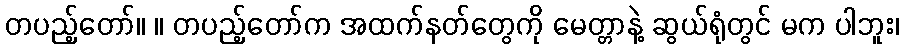
တပည့်တော်။ ။ တပည့်တော်က အထက်နတ်တွေကို မေတ္တာနဲ့ ဆွယ်ရုံတွင် မက ပါဘူး၊